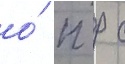
о́ п р с